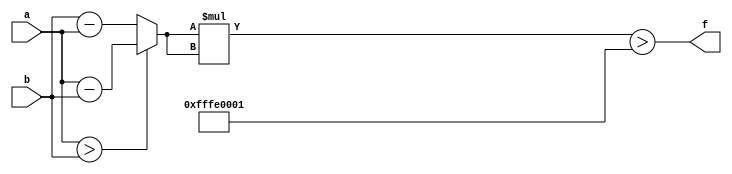
module maxse_mit(a, b, f);
parameter _bit = 129;
parameter maxse = 4294836225;
input [_bit - 1: 0] a;
input [_bit - 1: 0] b;
output f;
wire [_bit - 1: 0] diff;
wire [_bit * 2 - 1: 0] se;
assign diff = (a > b)? (a - b): (b - a);
assign se = diff * diff;
assign f = (se > maxse);
endmodule